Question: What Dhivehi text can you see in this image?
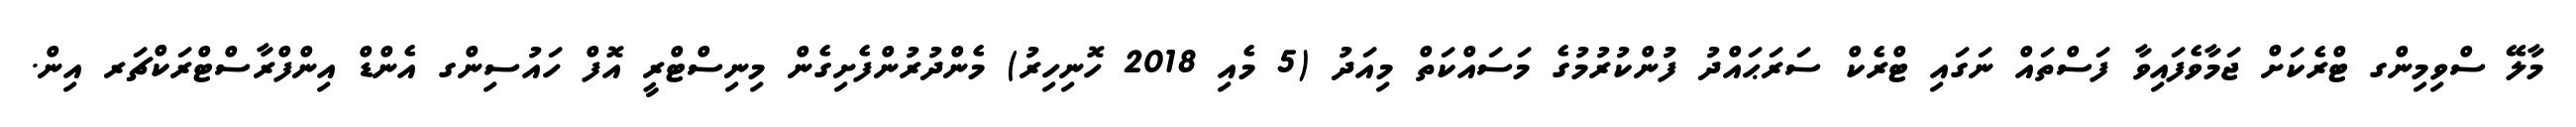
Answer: މާލޭ ސްވިމިންގ ޓްރެކަށް ޖަމާވެފައިވާ ފަސްތައް ނަގައި ޓްރެކް ސަރަޙައްދު ފުންކުރުމުގެ މަސައްކަތް މިއަދު (5 މެއި 2018 ހޮނިހިރު) މެންދުރުންފެށިގެން މިނިސްޓްރީ އޮފް ހައުސިންގ އެންޑް އިންފްރާސްޓްރަކްޗަރ އިން.